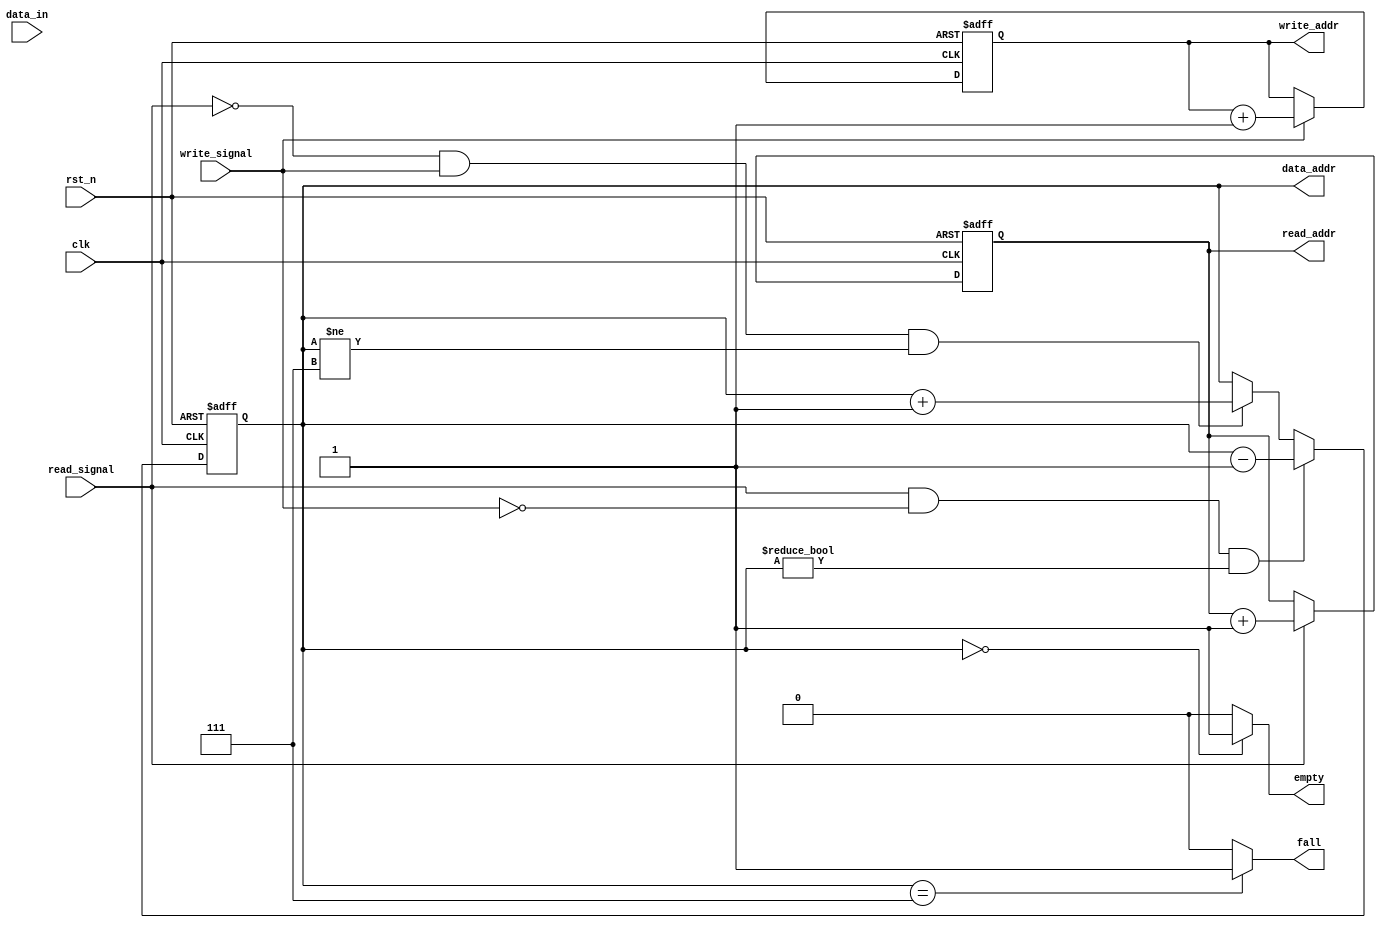
module control_module
#(
	parameter  DATA_WIDTH =  8,
	parameter  DATA_DEPTH =  8,
	parameter  RAM_DEPTH  =  (1 << DATA_DEPTH)
)
(
	input      							clk,
	input      							rst_n,
	input  	  [DATA_WIDTH-1:0]   data_in,
	input      							write_signal,
	input      							read_signal,
	output  reg   				[2:0]  write_addr,read_addr,data_addr,
	output 								fall,empty
);

	assign fall=(data_addr==DATA_DEPTH-1)?1'b1:1'b0;
	assign empty=(data_addr==1'b0)?1'b1:1'b0;
//-------------------------------------------------------
	always @(posedge clk or negedge rst_n)begin
		if(rst_n == 1'b0)begin
			write_addr <= 0;
		end
		else if(write_addr == RAM_DEPTH-1)
			write_addr <= 0;
		else if(write_signal)begin
			write_addr <= write_addr + 1'b1;
		end
		else
			write_addr <= write_addr;
	end

//-------------------------------------------------------
	always @(posedge clk or negedge rst_n)begin
		if(rst_n == 1'b0)begin
			read_addr <= 0;
		end
		else if(read_addr == RAM_DEPTH-1)
			read_addr <= 0;
		else if(read_signal)begin
			read_addr <= read_addr + 1'b1;
		end
		else
			read_addr <= read_addr;
	end
///-------------------------------------------------------
	always @(posedge clk or negedge rst_n) begin
		if (rst_n==1'b0) begin
			data_addr=0;
		end 
		else if (read_signal&&!write_signal&&data_addr!=0) begin
			data_addr<=data_addr-1;
		end
		else if (!read_signal&&write_signal&&data_addr!=DATA_DEPTH-1) begin
			data_addr<=data_addr+1;
		end
		else begin
			data_addr<=data_addr;
		end
	end
endmodule